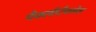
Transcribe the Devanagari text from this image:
पैक्लीटैक्सेल